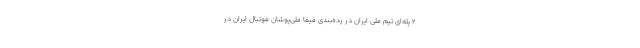
۲ پله‌ای تیم ملی ایران در رده‌بندی فیفا ملی‌پوشان فوتبال ایران در